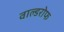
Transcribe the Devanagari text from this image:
वाल्डरोफ